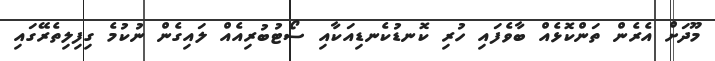
މޫދަށް އެރެން ތަންކޮޅެއް ބާވެފައި ހުރި ކޮނޑުކެނޑިއަކާއި ސޯޓުބުރިއެއް ލައިގެން ނުކުމެ ގިފިލިތެރޭގައި